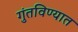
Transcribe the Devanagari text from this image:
गुंतविण्यात